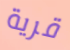
قرية